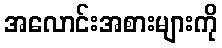
အလောင်းအစားများကို